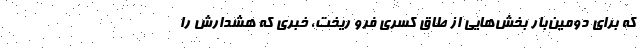
که برای دومین‌بار بخش‌هایی از طاق کسری فرو ریخت، خبری که هشدارش را